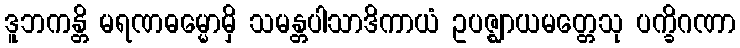
ဒူဘကန္တိ မရဏဓမ္မောမှိ သမန္တပါသာဒိကာယံ ဥပဇ္ဈာယမတ္တေသု ပက္ခိဂဏာ